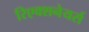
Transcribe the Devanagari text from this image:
रिएक्शनेयर्स